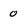
Character: 0